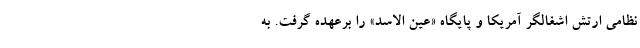
نظامی ارتش اشغالگر آمریکا و پایگاه «عین الاسد» را برعهده گرفت. به